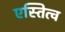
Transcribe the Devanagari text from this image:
एस्तित्व